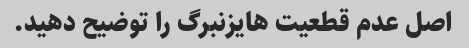
اصل عدم قطعیت هایزنبرگ را توضیح دهید.